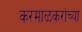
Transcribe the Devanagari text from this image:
करमाळकरांच्या